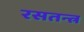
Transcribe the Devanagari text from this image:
रसतन्त्र